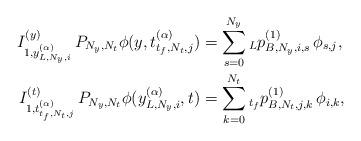
LaTeX: \begin{align*}I_{1,y_{L,{N_y},i}^{(\alpha )}}^{(y)}\,{P_{{N_y},{N_t}}}\phi (y,t_{{t_f},{N_t},j}^{(\alpha )}) &= \sum\limits_{s = 0}^{{N_y}} {{}_Lp_{B,{N_y},i,s}^{(1)}\,{\phi _{s,j}}} ,\\I_{1,t_{{t_f},{N_t},j}^{(\alpha )}}^{(t)}\,{P_{{N_y},{N_t}}}\phi (y_{L,{N_y},i}^{(\alpha )},t) &= \sum\limits_{k = 0}^{{N_t}} {{}_{{t_f}}p_{B,{N_t},j,k}^{(1)}\,{\phi _{i,k}}} ,\end{align*}